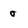
Character: 0